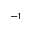
^ { - 1 }